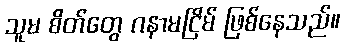
သူမ စိတ်တွေ ဂနာမငြိမ် ဖြစ်နေသည်။